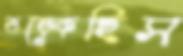
ভড়্‌কেছিস